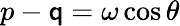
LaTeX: p-\mathsf{q}=\omega\cos\theta